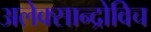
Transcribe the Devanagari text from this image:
अलेक्सान्द्रोविच